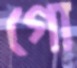
গো